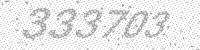
Solution: 333703